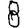
Digit: 8